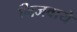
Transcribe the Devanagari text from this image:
भिजवाये